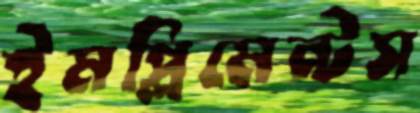
ইমপ্লিমেন্টস